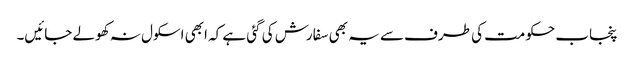
پنجاب حکومت کی طرف سے یہ بھی سفارش کی گئی ہے کہ ابھی اسکول نہ کھولے جائیں۔